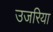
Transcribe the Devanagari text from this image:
उजरिया